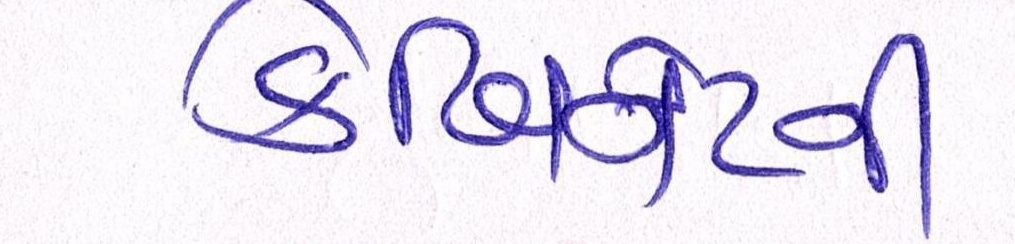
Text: કેબિનેટની